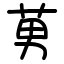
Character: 莮